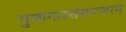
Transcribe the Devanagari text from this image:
गुणागारसंसारपारम्